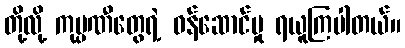
တို့လို့ ကုမ္ပဏီတွေရဲ့ ဝန်ဆောင်မှု ရယူကြပါတယ်။